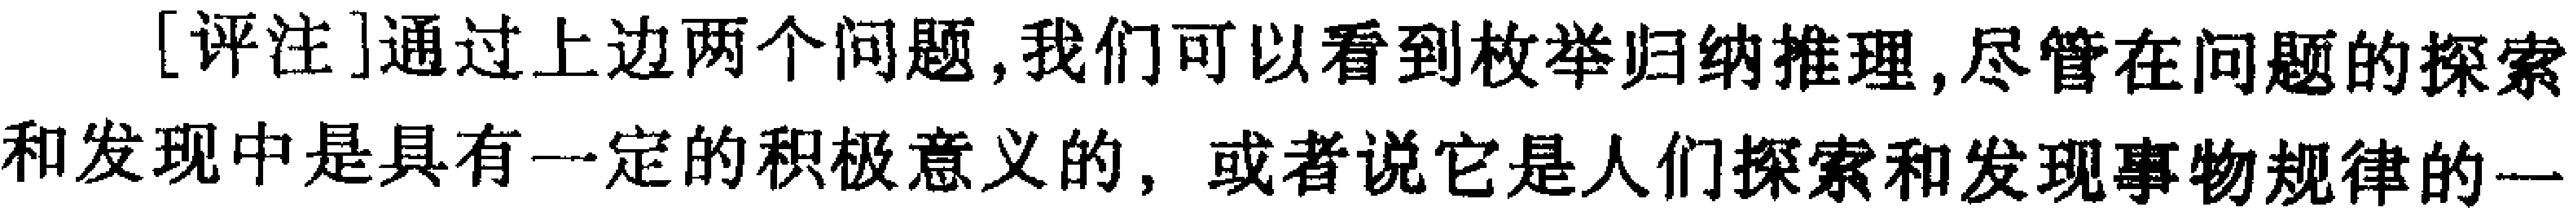
[评注]通过上边两个问题,我们可以看到枚举归纳推理,尽管在问题的探索和发现中是具有一定的积极意义的, 或者说它是人们探索和发现事物规律的一